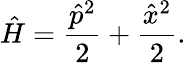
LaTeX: \hat{H}=\frac{\hat{p}^{2}}{2}+\frac{\hat{x}^{2}}{2}.